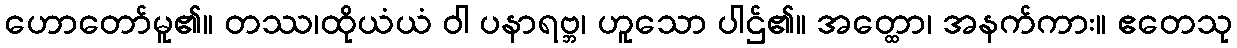
ဟောတော်မူ၏။ တဿ၊ထိုယံယံ ဝါ ပနာရဗ္ဘ၊ ဟူသော ပါဌ်၏။ အတ္ထော၊ အနက်ကား။ ဧတေသု